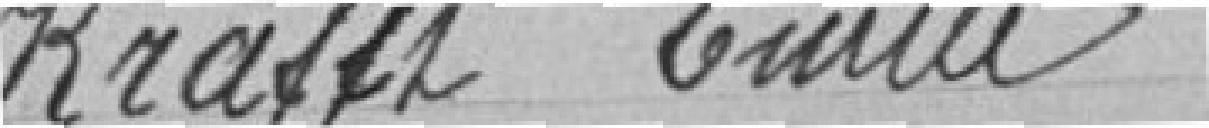
KRAFF  Emile